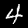
Digit: 4